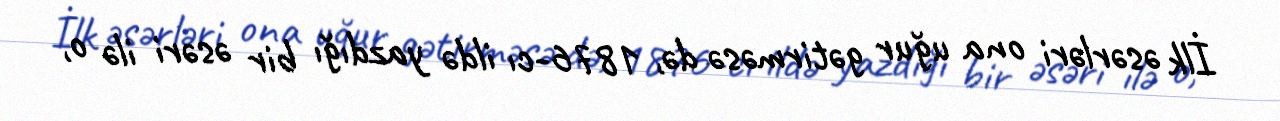
İlk əsərləri ona uğur gətirməsə də, 1876-cı ildə yazdığı bir əsəri ilə o,